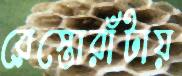
রেস্তোরাঁটায়